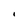
Character: i